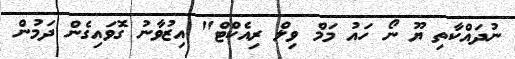
ނުދައްކާތި ޔޫ ނޯ ހައު މަމް ވިލް ރިއެކްޓް" އިޒުވާނު ގޮވައިގެން ދަމުން